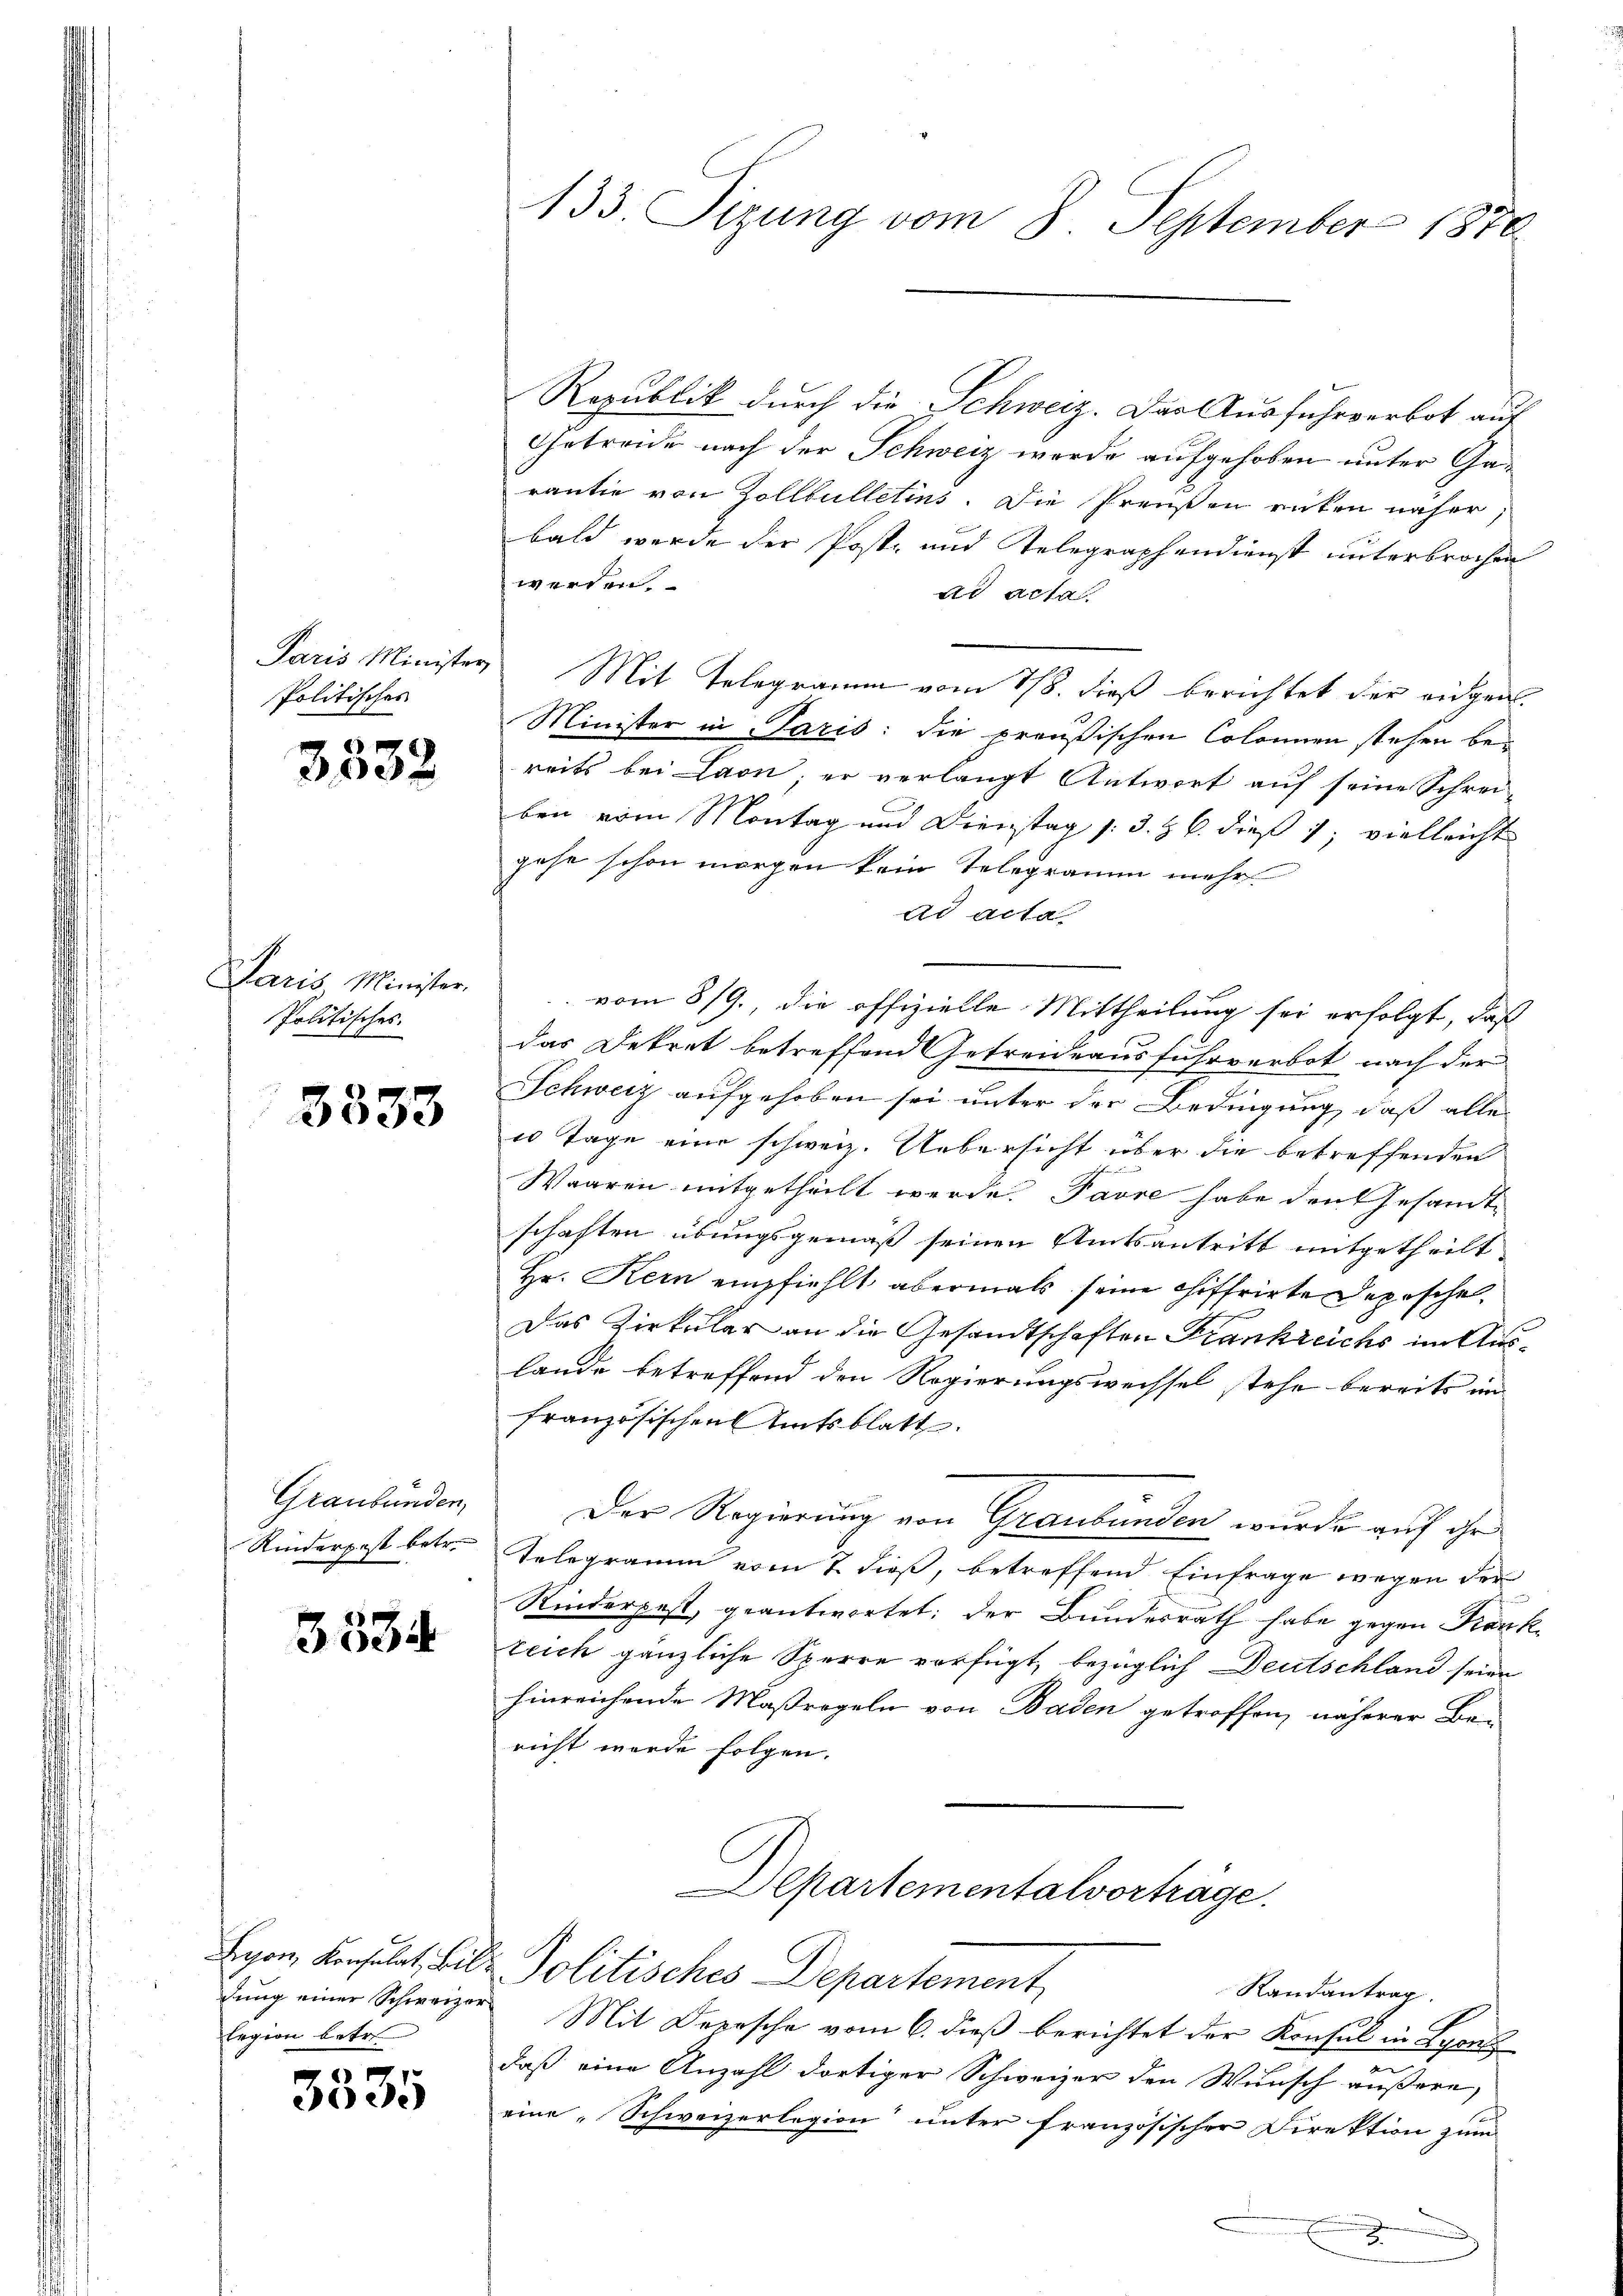
Politisches

3532

Plani, Münsten
Politisches.

3333

Graubünden,
Kinderpost betr.

3534

Eigen Verhält, welch
dung einer Schweizer
legion betr.

3535

133. Sizung vom 8. September 1870

Getreide nach der Schweiz wurde aufgehoben unter Garantie von Zollbulletins. Die Preußen enten näher,
bald werde der Post- und Telegraphendienst unterbrochen
werden
ad acta.
Paris Minister Mit Telegramm vom 178. dieß berichtet der eidgen.
Minister in Paris: die preußischen Colonen stehen bereits bei Laon; er verlangt Antwort auf seine Schrei-
ben vom Montag und Dienstag /: 3. & 6. dieß 1; vielleicht
gehe schon morgen kein Telegramm mehr
ad acta
vom 8/9., die offizielle Mittheilung sei erfolgt, daß
das Dekret betreffend Getreideausfuhrverbot nach der
Schweiz aufgehoben sei unter der Bedingung, daß alle
i Tage eine schweiz. Uebersicht über die betreffenden
Waaren mitgetheilt werde. Favre habe den Gesandte
schaften übungsgemäß seinen Amtsantritt mitgetheilt
Hr. Kern empfiehlt abermals seine chiffrirte Depesche
Das Zirkular an die Gesandtschaften Krankreichs im Auslande betreffend den Regierungsweissel stehe bereits im
französischen Amtsblatt.
Der Regierung von Graubünden wurde auf ihr
Telegramm vom 7. dieß, betreffend Einfrage wegen der
Rinderpest, geantwortet: der Bundesrath habe gegen Frankteich gänzliche Sperre verfügt, bezüglich Deutschland seien
hinreichende Maßregeln von Baden getroffen, näherer Be-
richt werde folgen.

Republik durch die Schweiz. Das Ausfuhrverbot auf

Esartementalvorträge.
Politisches Departement

Randantrag.
Mit Deersche vom 6. dieß berichtet der Konsul in Lyone
n
daß eine Anzahl dortiger Schweizer den Wunsch äußere,
eine Schweizerlegion unter französischer Direktion zum
x